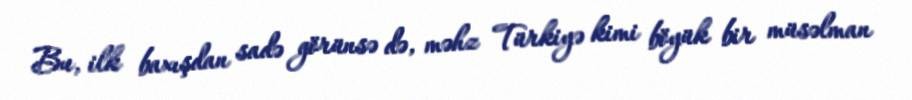
Bu, ilk baxışdan sadə görünsə də, məhz Türkiyə kimi böyük bir müsəlman